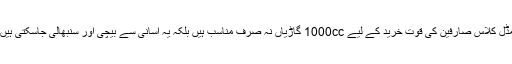
مڈل کلاس صارفین کی قوت خرید کے لیے 1000cc گاڑیاں نہ صرف مناسب ہیں بلکہ یہ آسانی سے بیچی اور سنبھالی جاسکتی ہیں۔